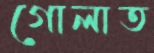
গোলাত